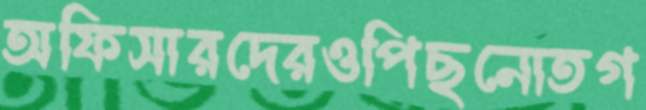
অফিসারদেরওপিছনোতগ